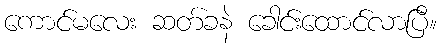
ကောင်မလေး ဆတ်ခနဲ ခေါင်းထောင်လာပြီ။